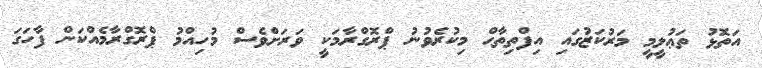
އަތޮޅު ތަޢުލީމީ މަރުކަޒުގައި އިފްތިތާޙް މިކުރެވުނު ޕްރޮގްރާމަކީ ވަރަށްވެސް މުހިއްމު ޕްރޮގްރާމެއްކަން ފާހަގަ